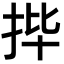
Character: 𫼣